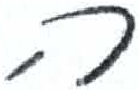
אות: ה